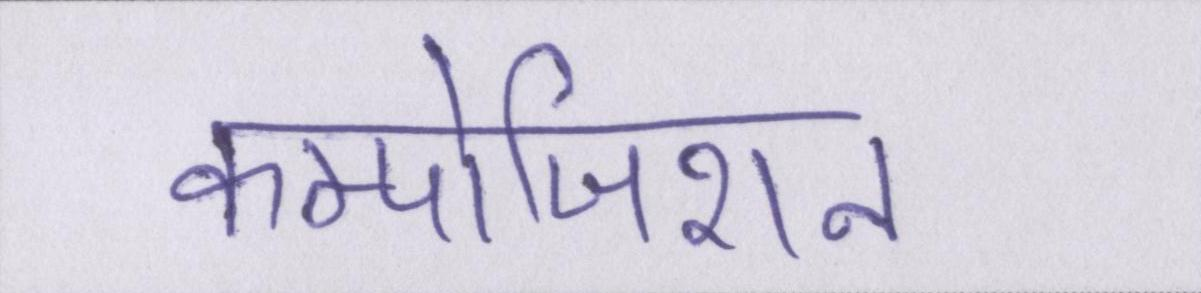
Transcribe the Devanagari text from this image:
कम्पोजिशन